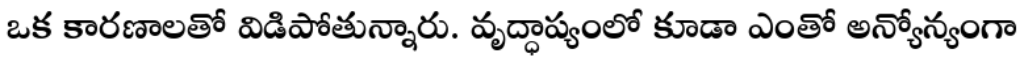
ఒక కారణాలతో విడిపోతున్నారు. వృద్ధాప్యంలో కూడా ఎంతో అన్యోన్యంగా